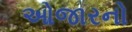
ઓજારનો